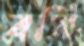
বসি